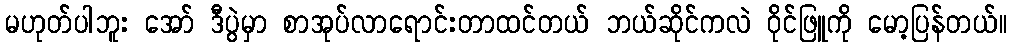
မဟုတ်ပါဘူး အော် ဒီပွဲမှာ စာအုပ်လာရောင်းတာထင်တယ် ဘယ်ဆိုင်ကလဲ ဝိုင်ဖြူကို မော့ပြန်တယ်။